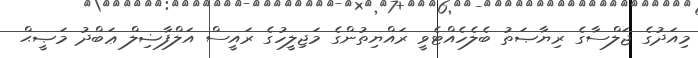
މިއަދުގެ ޖަލްސާގެ ރިޔާޞަތު ބެލެހެއްޓެވީ ރައްޔިތުންގެ މަޖިލީހުގެ ރައީސް އަލްފާޟިލް ޢަބްދު މަޞީޙް